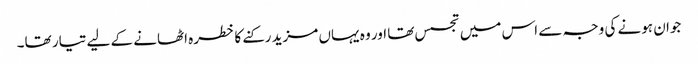
جوان ہونے کی وجہ سے اس میں تجسس تھا اور وہ یہاں مزید رکنے کا خطرہ اٹھانے کے لیے تیار تھا۔